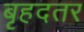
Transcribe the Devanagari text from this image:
बृहदतर